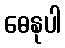
ဓေနုပါ